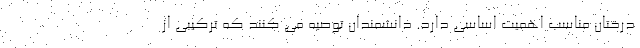
درختان مناسب اهمیت اساسی دارد. دانشمندان توصیه می کنند که ترکیبی از